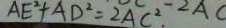
A E ^ { 2 } + A D ^ { 2 } = 2 A C ^ { 2 } - 2 A C ^ { 2 } .